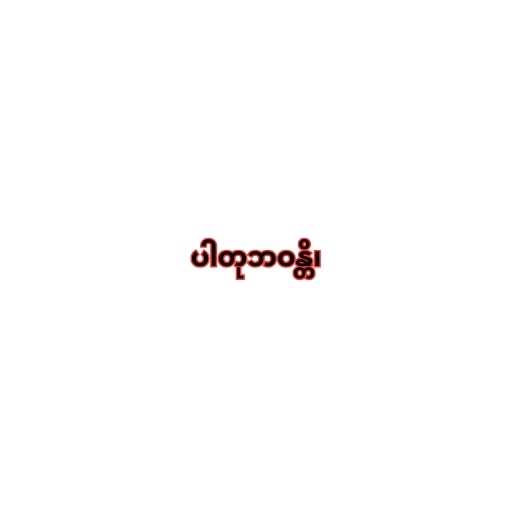
ပါတုဘဝန္တိ၊